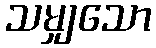
သမျှသော